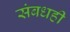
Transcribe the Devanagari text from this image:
संबधही